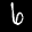
Label: 6